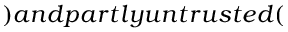
) a n d p a r t l y u n t r u s t e d (